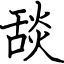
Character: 舕